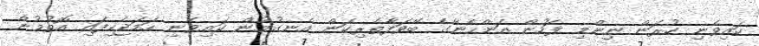
ކައިވެނި ކުރަން ނިންމި ފަހުން އަންހެނާގެ ބޭވަފާތެރިކަން އެނގުމުން ކައިވެނި ހަމަޖެހިފައި އޮތުމުން